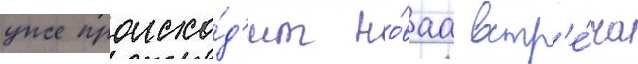
уже происхо́д'ит но́ваа встр'е́ча